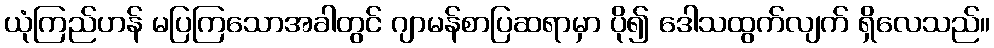
ယုံကြည်ဟန် မပြကြသောအခါတွင် ဂျာမန်စာပြဆရာမှာ ပို၍ ဒေါသထွက်လျက် ရှိလေသည်။